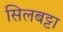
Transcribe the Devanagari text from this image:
सिलबट्टा